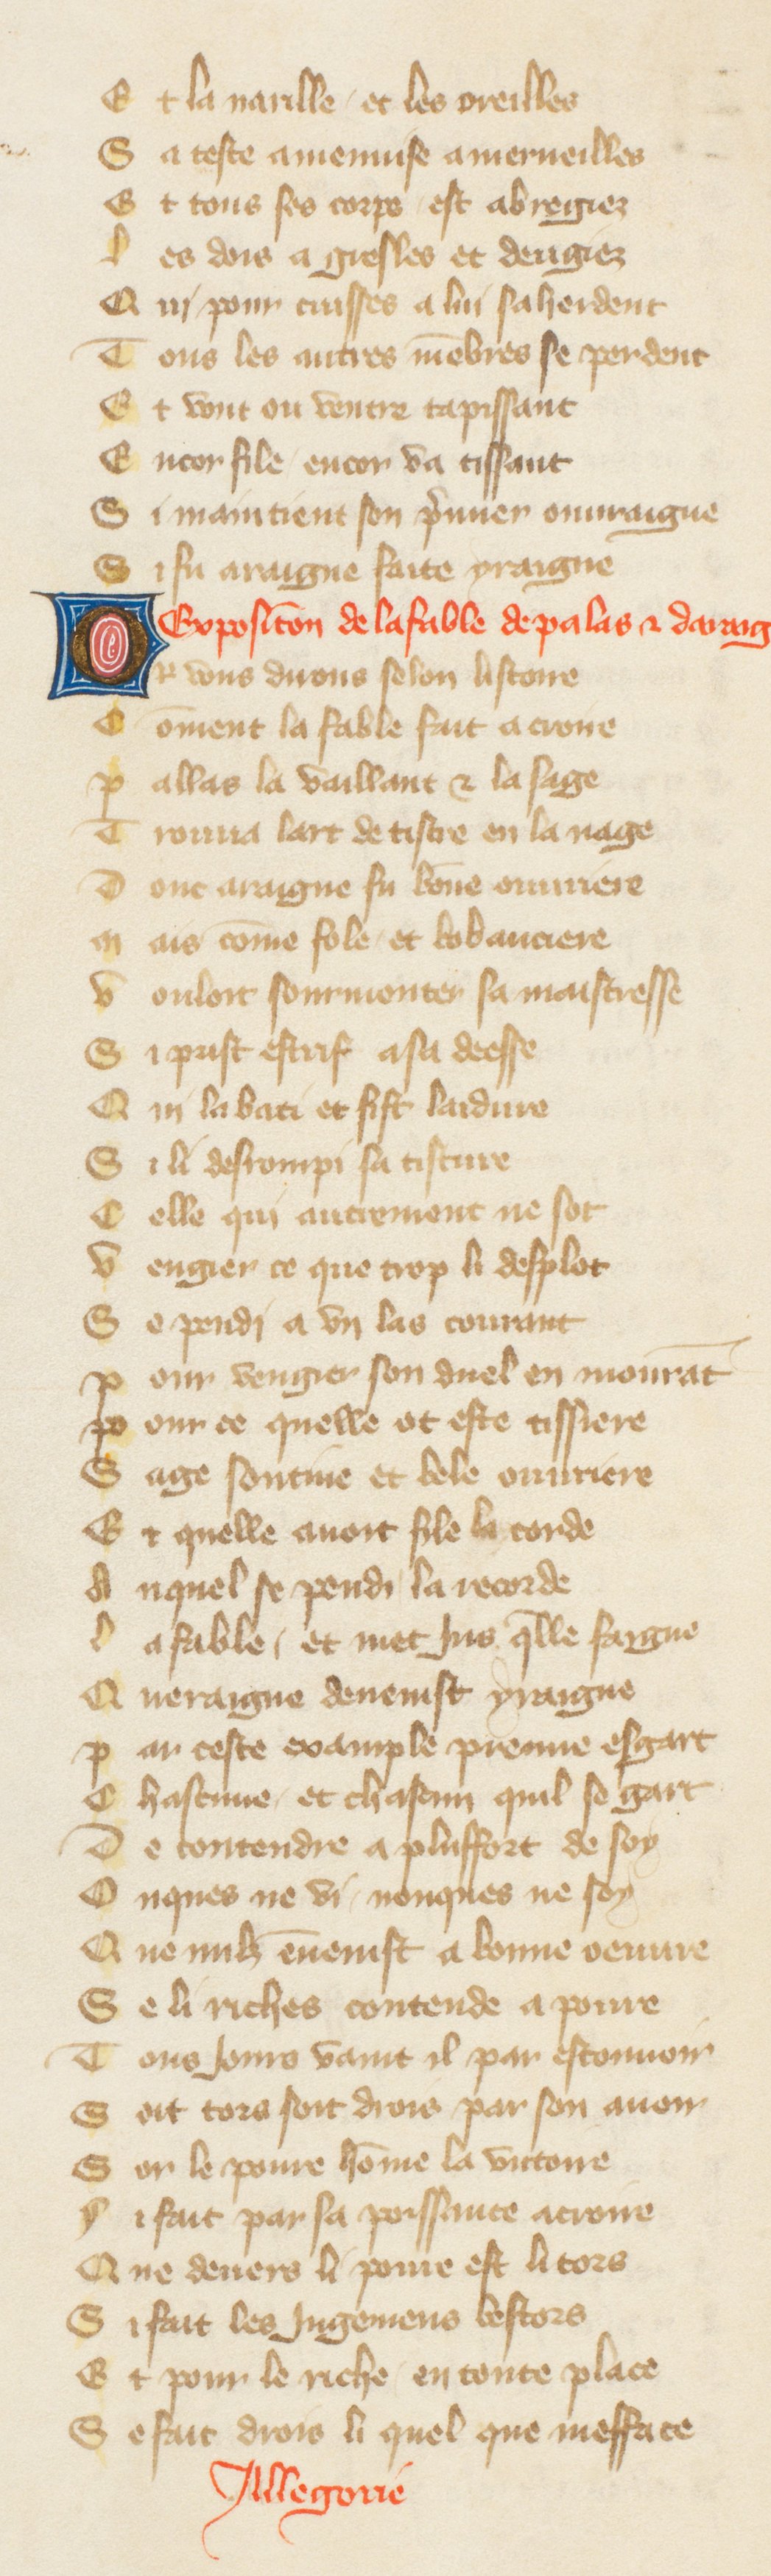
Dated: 1380–1390